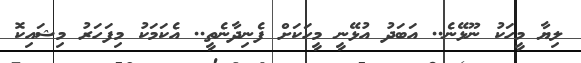
ލިޔާ މީހަކު ނޫޅޭނެ.. އަބަދު އުޅޭނީ މީހަކަށް ފެނިދާނެތީ.. އެކަމަކު މިފަހަރު މިޝައިކޮ